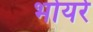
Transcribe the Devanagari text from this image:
भोयरे